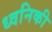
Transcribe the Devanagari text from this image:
ध्‍वनिकी